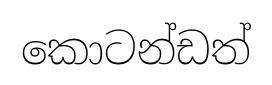
කොටන්ඩත්